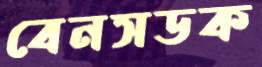
বেনসডক